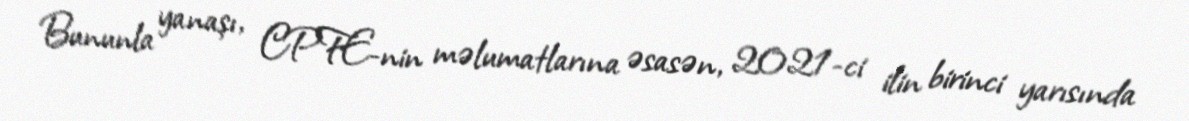
Bununla yanaşı, CPFE-nin məlumatlarına əsasən, 2021-ci ilin birinci yarısında